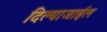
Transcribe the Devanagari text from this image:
दिल्याजाईल